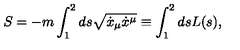
S = - m \int _ { 1 } ^ { 2 } d s \sqrt { \dot { x } _ { \mu } \dot { x } ^ { \mu } } \equiv \int _ { 1 } ^ { 2 } d s L ( s ) ,